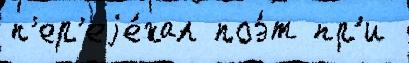
п'ер'еjе́хал поэ́т пр'и